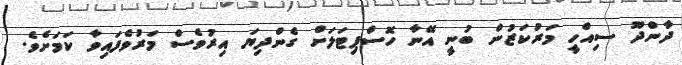
ދާންދޫ ސިއްހީ މަރުކަޒުން ބުނީ އޭނާ ހޮސްޕިޓަލަށް ގެންދިޔަ އިރުވެސް މަރުވެފައިވާ ކަމަށެވެ.